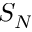
S _ { N }